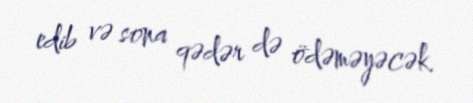
edib və sona qədər də ödəməyəcək.